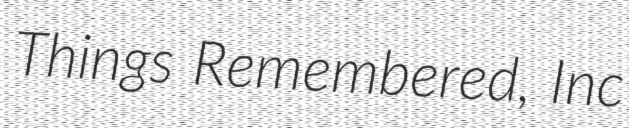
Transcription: Things Remembered, Inc